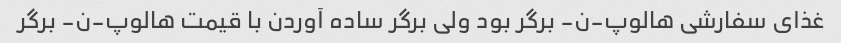
غذای سفارشی هالوپ-ن- برگر بود ولی برگر ساده آوردن با قیمت هالوپ-ن- برگر